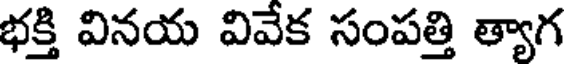
భక్తి వినయ వివేక సంపత్తి త్యాగ